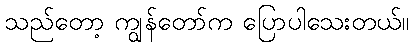
သည်တော့ ကျွန်တော်က ပြောပါသေးတယ်။